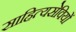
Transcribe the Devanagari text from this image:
साहित्यसेवियों